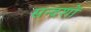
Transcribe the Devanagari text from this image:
सन्दशों